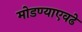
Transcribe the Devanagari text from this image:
मोडण्याएवढे